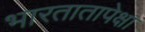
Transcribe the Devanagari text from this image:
भारतातापेक्षा